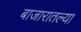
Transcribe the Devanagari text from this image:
बाजारातल्या